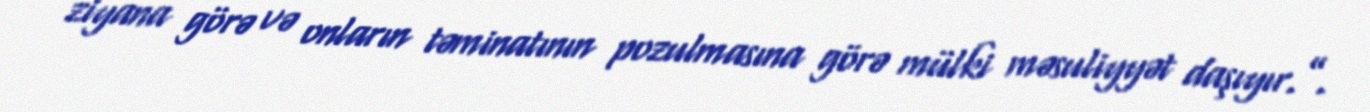
ziyana görə və onların təminatının pozulmasına görə mülki məsuliyyət daşıyır.”.